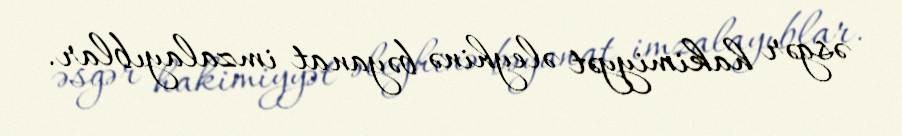
əsgər hakimiyyət əleyhinə bəyanat imzalayıblar.